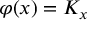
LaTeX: \varphi ( x ) = K _ { x }